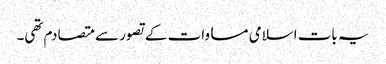
یہ بات اسلامی مساوات کے تصور سے متصادم تھی۔